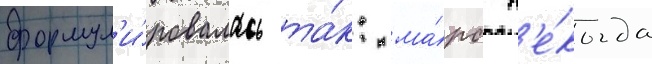
формул'и́ровалась та́к: ма́рс н'е́когда